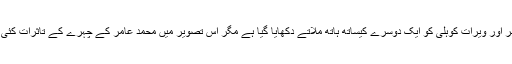
یہ تصویر میچ کے بعد کھلاڑیوں کے ہاتھ ملانے کی ہے جس میں محمد عامر اور ویرات کوہلی کو ایک دوسرے کیساتھ ہاتھ ملاتے دکھایا گیا ہے مگر اس تصویر میں محمد عامر کے چہرے کے تاثرات کئی کہانیاں بیان کر رہے ہیں تاہم عوام کی سمجھ میں ایک بھی کہانی نہیں آ رہی۔